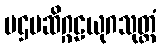
ပဌမဆိဂ္ဂဠယုဂသုတ္တံ